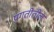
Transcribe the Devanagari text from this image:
प्रगतीतील